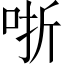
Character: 哳